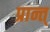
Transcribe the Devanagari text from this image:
प्रान्त्